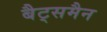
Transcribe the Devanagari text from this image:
बैट्समैन